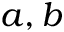
a , b